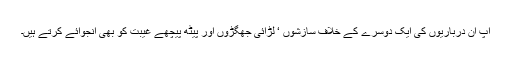
آپ ان درباریوں کی ایک دوسرے کے خلاف سازشوں ‘ لڑائی جھگڑوں اور پیٹھ پیچھے غیبت کو بھی انجوائے کرتے ہیں۔